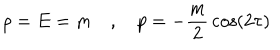
\rho = E = m \quad , \quad p = - { \frac { m } { 2 } } \cos ( 2 \tau )